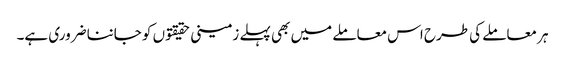
ہر معاملے کی طرح اس معاملے میں بھی پہلے زمینی حقیقتو ں کو جاننا ضروری ہے۔